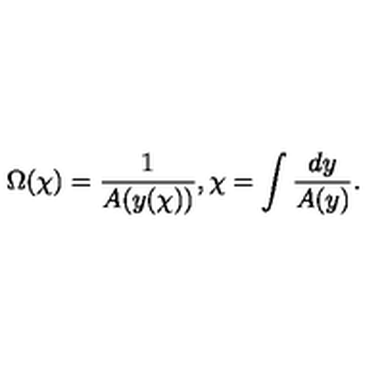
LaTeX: \Omega ( \chi ) = \frac { 1 } { A ( y ( \chi ) ) } , \chi = \int \frac { d y } { A ( y ) } .